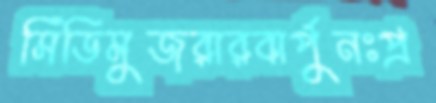
সিঁডিমুজরারবার্পুনঃপ্র